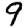
Digit: 9